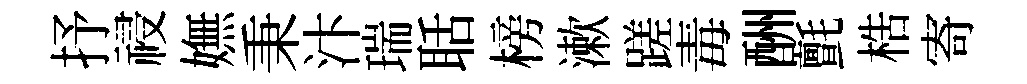
抒祲嫵秉汴瑞聒榜漱蹉毒酬氈梏寄